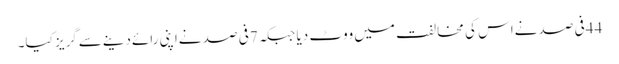
44فی صد نےاس کی مخالفت میں ووٹ دیا جبکہ 7فی صد نےاپنی رائےدینےسےگریز کیا۔